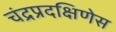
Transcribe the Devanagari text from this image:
चंद्रप्रदक्षिणेस